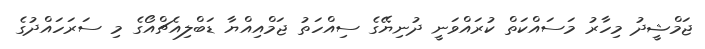
ޖަމްޝީދު މިހާރު މަސައްކަތް ކުރައްވަނީ ދުނިޔޭގެ ސިއްހަތު ޖަމްއިއްޔާ ޑަބްލިއެޗްއޯގެ މި ސަރަހައްދުގެ